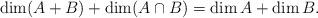
LaTeX: \begin{align*}\dim(A+B)+\dim(A\cap B)=\dim A+\dim B.\end{align*}